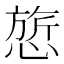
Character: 𰒃